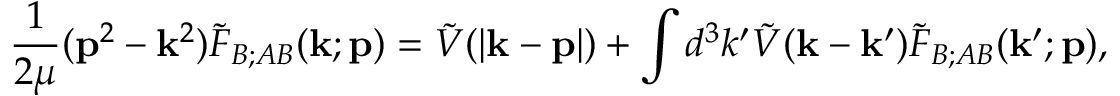
\frac { 1 } { 2 \mu } ( { \bf p } ^ { 2 } - { \bf k } ^ { 2 } ) \tilde { F } _ { B ; A B } ( { \bf k } ; { \bf p } ) = \tilde { V } ( | { \bf k } - { \bf p } | ) + \int d ^ { 3 } k ^ { \prime } \tilde { V } ( { \bf k } - { \bf k } ^ { \prime } ) \tilde { F } _ { B ; A B } ( { \bf k } ^ { \prime } ; { \bf p } ) ,